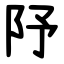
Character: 䦽